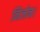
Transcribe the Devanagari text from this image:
निर्जन।